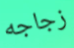
زجاجه